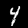
Digit: 4